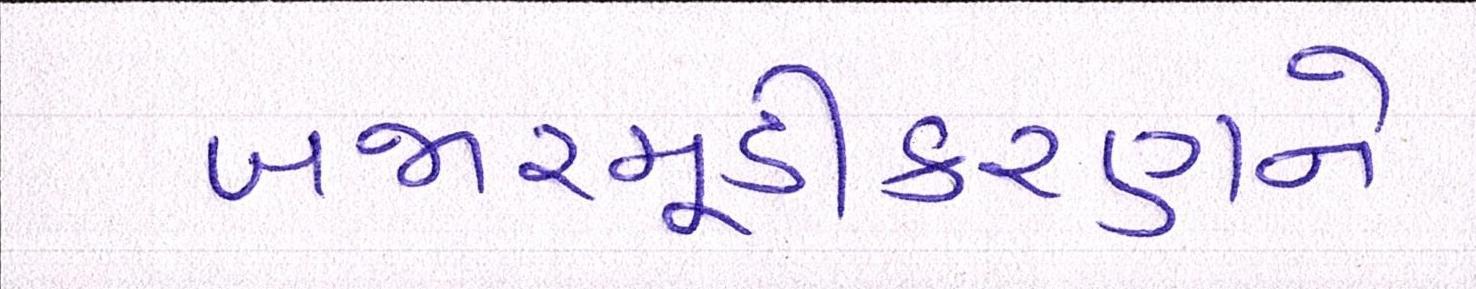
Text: બજારમૂડીકરણને